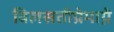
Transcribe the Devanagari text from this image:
विलसतीप्रेमाग्ने